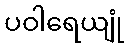
ပဝါရေယျုံ